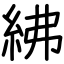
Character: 紼